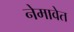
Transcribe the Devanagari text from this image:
नेमावेत